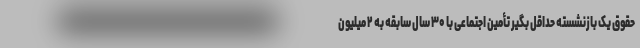
حقوق یک بازنشسته حداقل بگیر تأمین اجتماعی با ۳۰ سال سابقه به ۲ میلیون